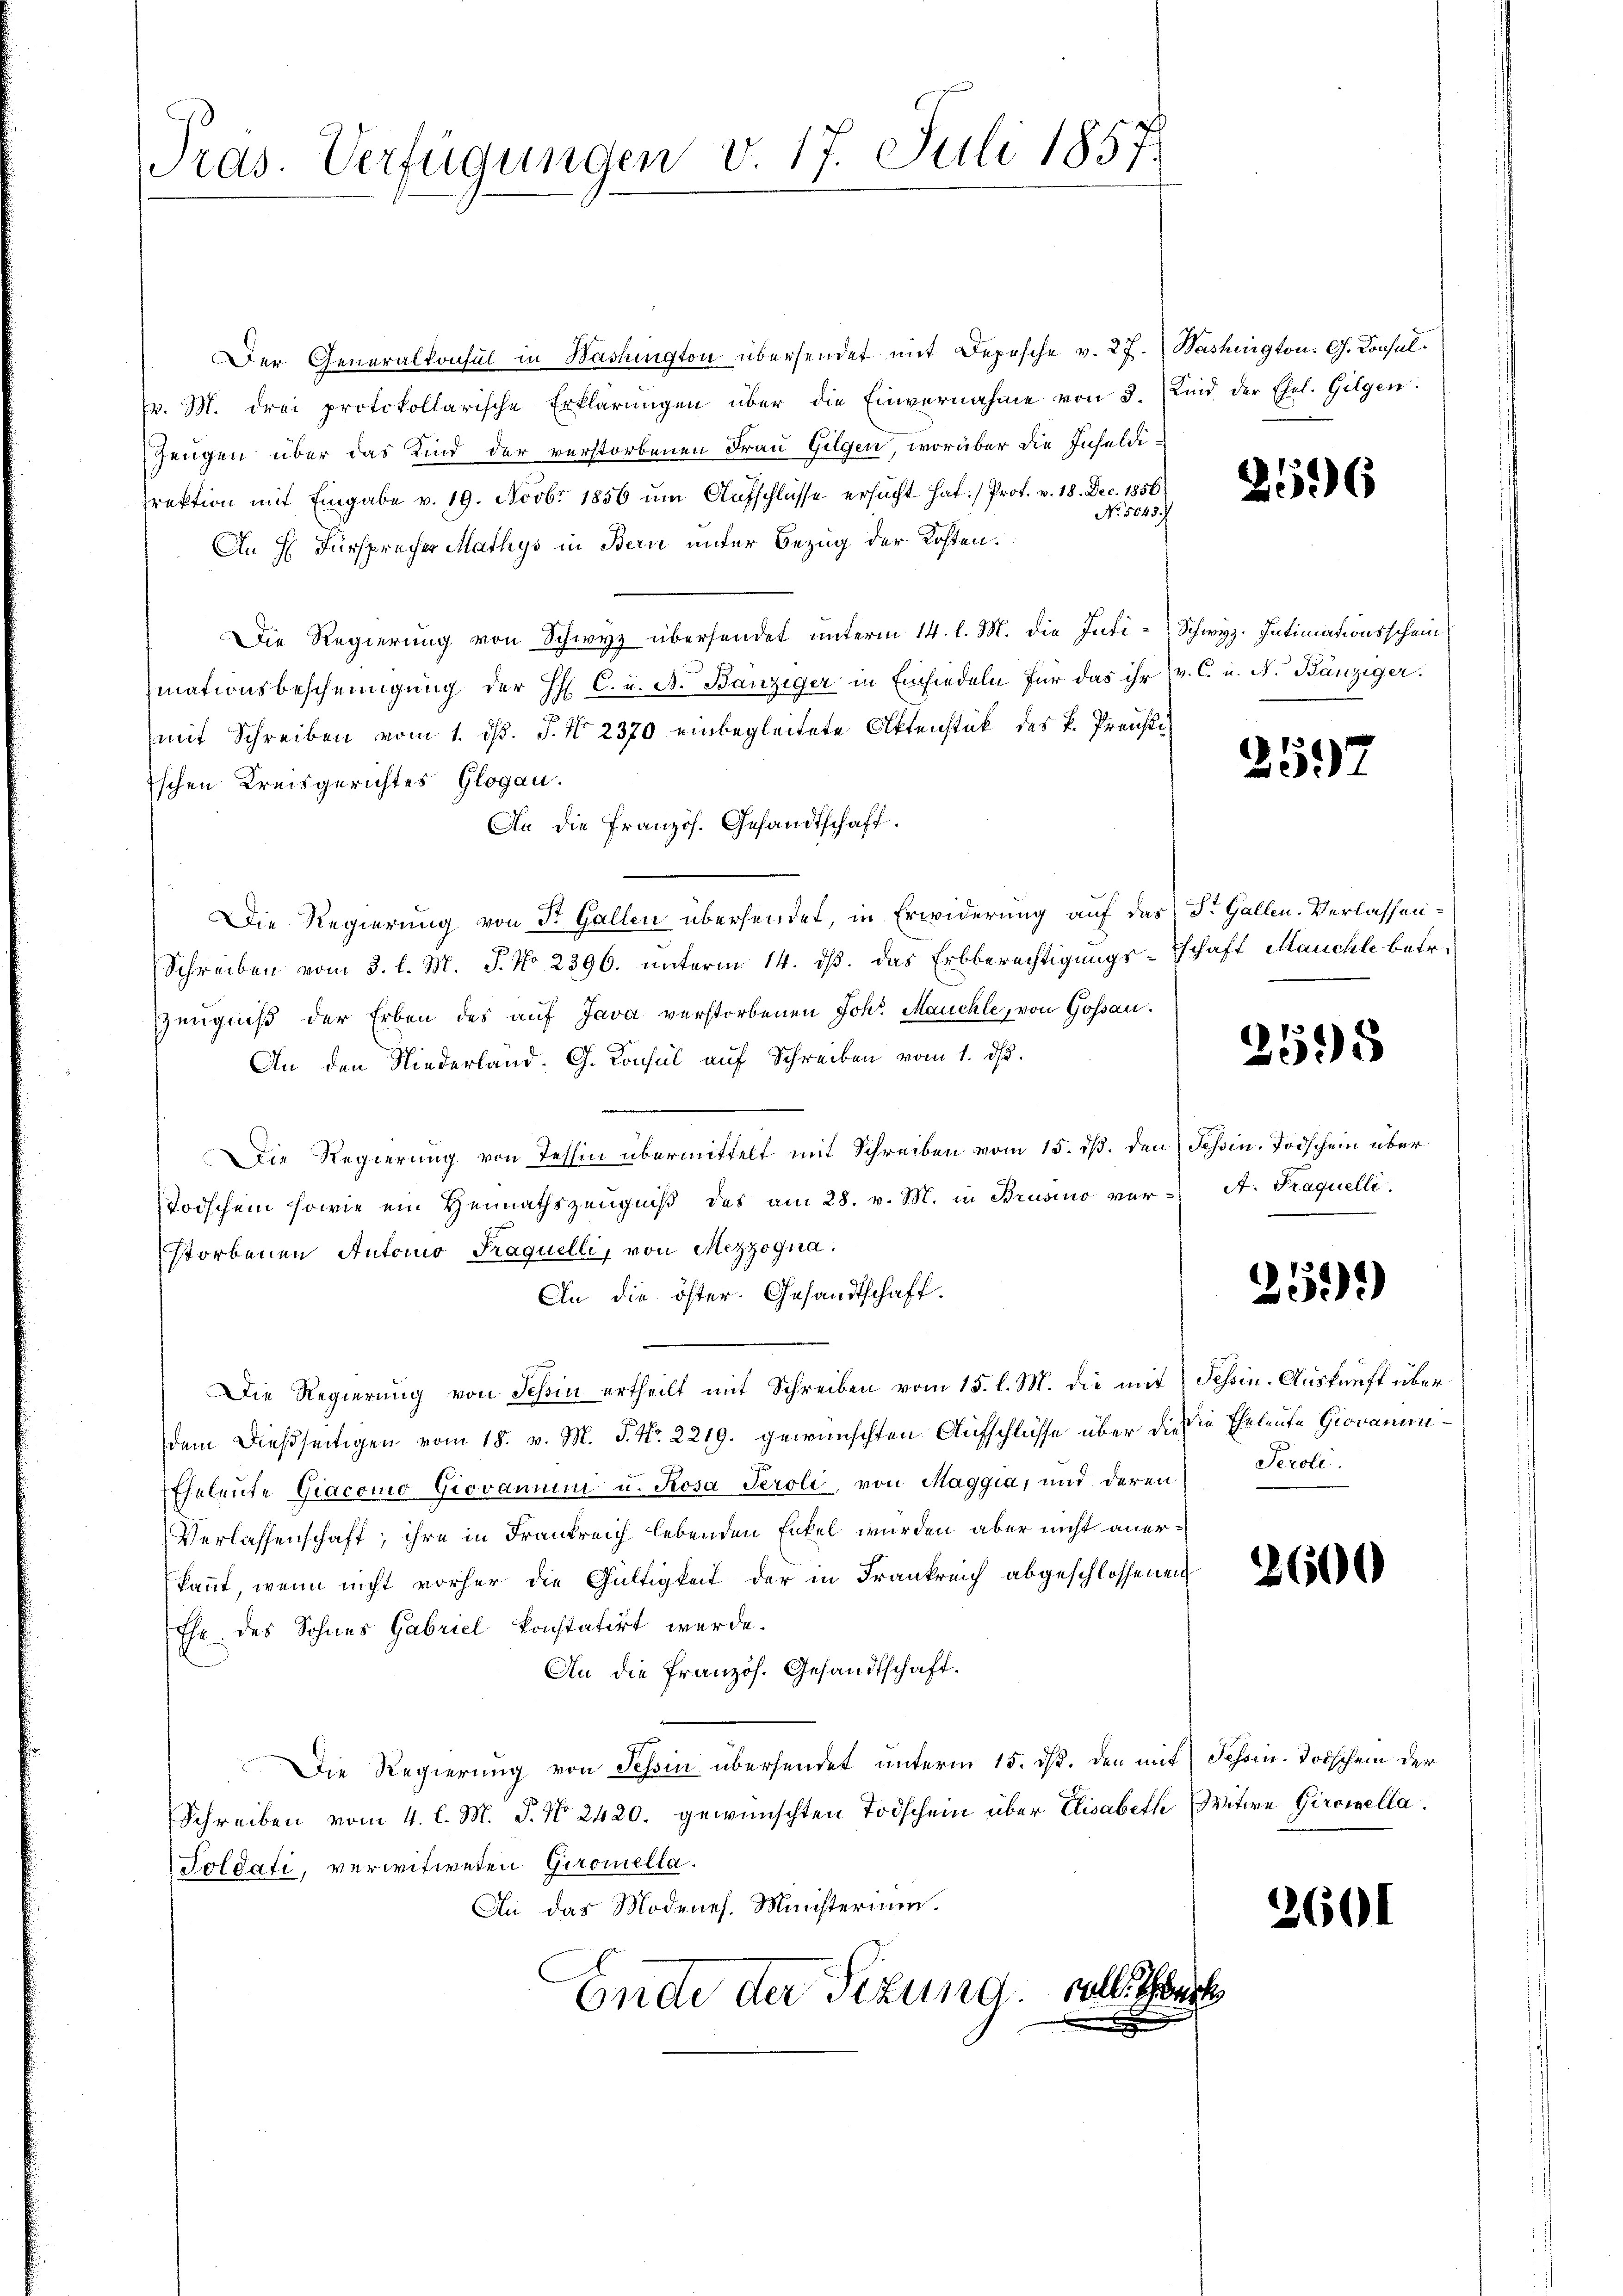
Pras. Verfügungen v. 17. Juli 1857.

Der Generalkonsul in Washington übersendet mit Depesche v. 27. Washington. G. Consul
v. M. drei protokollarische Erklärŭngen über die Einvernahme von 3. Kind der Ehel. Gilgen:
Zeugen über das Kind der verstorbenen Frau Gilgen, worüber die Infeldirektion mit Eingabe v. 19. Novbr 1856 um Aufschlüsse ersucht hat:/ Prof. v. 18. Dec. 1856
No 5645. J
An H. Fürsprecher Mathys in Bern unter Bezug der Kosten.
Die Regierung von Schwyz übersendet unterm 14. l. M. die Inti-Schwyz. Intimationsschein
mationsbescheinigung der H. C. u. A. Banziger in Einsiedeln für das ihr (v. C. u. N. Bänziger.
mit Schreiben vom 1. d. J. No. 2370 einbegleitete Aktenstück des k. Preisti
ischen Kreisgerichtes Glogau.
An die Französ. Gesandtschaft.
Die Regierung von St. Gallen übersendet, in Erwiderung auf das St. Gallen. Verlassen¬
Schreiben vom 3. l. M. P. No 2396. unterm 14. ds. das Erbberechtigungs-Eschaft Manche betr.
Zeugniß der Erben des auf Java verstorbenen Joh. Mauchle, von Gossau.
An den Niederland. G. Konsul auf Schreiben vom 1. ds.
Die Regierung von Tessin übermittelt mit Schreiben vom 15. dß. den Tessin. Todschein über
Todschein sowie ein Heimathszeŭgniβ des am 28. v. M. in Brusino ver-A. Paquelli.
storbenen Automo Fraquelli, von Mezzogna
An die öster. Gesandtschaft.
Die Regierŭng von Tessin ertheilt mit Schreiben vom 15. l. M. die mit
dem dießseitigen vom 18. v. M. P. Nr. 2219. gewünschten Aufschlüsse über die sie Eheleute Gioramini¬
Eheleute Giacomo Giovann u. Rosa Gerole, von Maggia, und deren Perole.
Verlassenschaft, ihre in Frankreich lebenden Enkel wurden aber nicht anerkannt, wenn nicht vorher die Gültigkeit der in Frankreich abgeschlossenen
Ehr des Sohnes Gabriel konstatirt wurde.
An die französ. Gesandtschaft.
Die Regierung von Tessin übersendet unterm 15. dß. den mit Tessin. Todschem der
Schreiben vom 4. l. M. P. Nr. 2420. gewünschten Todschein über Elisabeth Witwe Giromella
Toldati, verwitweten Giromella.
An das Modenes. Ministerium.
Ende der Sizung soll

2596

259

2595

251)

Tessin. Auskunft über¬

2600

2601